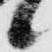
候